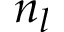
n _ { l }